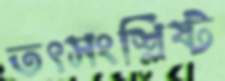
তৎসংশ্লিষ্ট